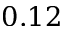
0 . 1 2